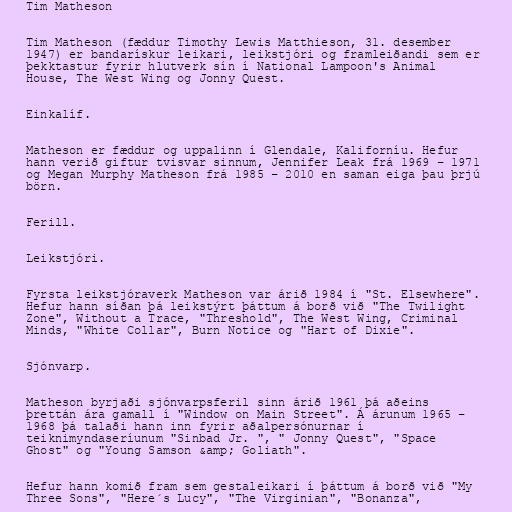
Tim Matheson

Tim Matheson (fæddur Timothy Lewis Matthieson, 31. desember
1947) er bandarískur leikari, leikstjóri og framleiðandi sem er
þekktastur fyrir hlutverk sín í National Lampoon's Animal
House, The West Wing og Jonny Quest.

Einkalíf.

Matheson er fæddur og uppalinn í Glendale, Kaliforníu. Hefur
hann verið giftur tvisvar sinnum, Jennifer Leak frá 1969 – 1971
og Megan Murphy Matheson frá 1985 – 2010 en saman eiga þau þrjú
börn.

Ferill.

Leikstjóri.

Fyrsta leikstjóraverk Matheson var árið 1984 í "St. Elsewhere".
Hefur hann síðan þá leikstýrt þáttum á borð við "The Twilight
Zone", Without a Trace, "Threshold", The West Wing, Criminal
Minds, "White Collar", Burn Notice og "Hart of Dixie".

Sjónvarp.

Matheson byrjaði sjónvarpsferil sinn árið 1961 þá aðeins
þrettán ára gamall í "Window on Main Street". Á árunum 1965 –
1968 þá talaði hann inn fyrir aðalpersónurnar í
teiknimyndaseríunum "Sinbad Jr. ", " Jonny Quest", "Space
Ghost" og "Young Samson &amp; Goliath".

Hefur hann komið fram sem gestaleikari í þáttum á borð við "My
Three Sons", "Here´s Lucy", "The Virginian", "Bonanza",